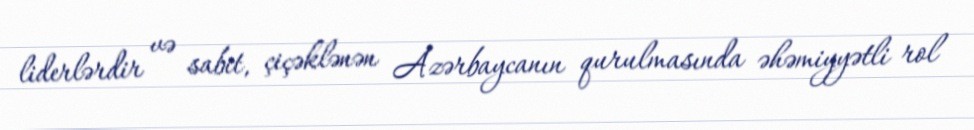
liderlərdir və sabit, çiçəklənən Azərbaycanın qurulmasında əhəmiyyətli rol